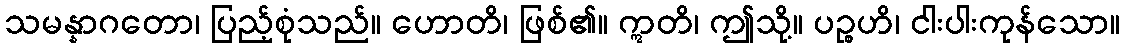
သမန္နာဂတော၊ ပြည့်စုံသည်။ ဟောတိ၊ ဖြစ်၏။ ဣတိ၊ ဤသို့။ ပဉ္စဟိ၊ ငါးပါးကုန်သော။